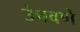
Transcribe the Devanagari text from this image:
उंचवणे